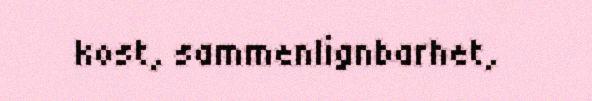
kost, sammenlignbarhet,